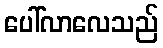
ပေါ်လာလေသည်